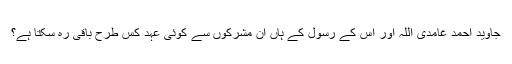
جاوید احمد غامدی اللہ اور اُس کے رسول کے ہاں اِن مشرکوں سے کوئی عہد کس طرح باقی رہ سکتا ہے؟